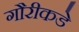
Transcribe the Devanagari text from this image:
गौरीकडे